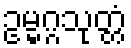
ဥမ္မဂ္ဂသုတ္တံ